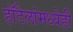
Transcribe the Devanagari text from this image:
हॉटेलांमध्येही